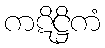
ကဋိဋ္ဌိကံ